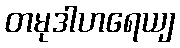
တမုဒါဟရေယျ